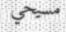
مسيحي